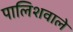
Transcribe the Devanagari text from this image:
पालिशवाले